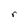
Character: r